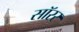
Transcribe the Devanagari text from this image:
सॉरर